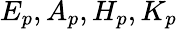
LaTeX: E_{p},A_{p},H_{p},K_{p}